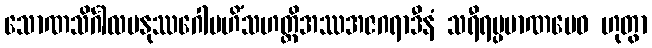
သောဏသိင်္ဂါလမနုဿဂေါမဟိံသဟတ္ထိအဿအဇဂရာဒီနံ သရီရပ္ပမာဏမေဝ ဟုတွာ